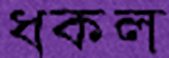
ধকল